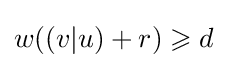
w((v|u)+r)\geqslant d